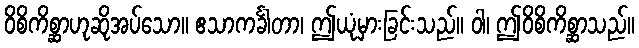
ဝိစိကိစ္ဆာဟုဆိုအပ်သော။ ဧသာကင်္ခါတာ၊ ဤယုံမှားခြင်းသည်။ ဝါ၊ ဤဝိစိကိစ္ဆာသည်။